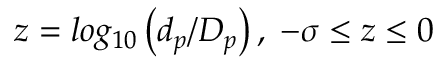
z = l o g _ { 1 0 } \left( d _ { p } / D _ { p } \right) , \; - \sigma \leq z \leq 0